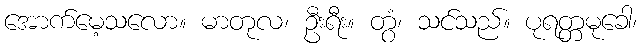
အောက်မေ့သလော။ မာတုလ၊ ဦးရီး။ တွံ၊ သင်သည်။ ပုရတ္တမုခေါ၊